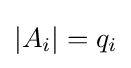
|A_{i}|=q_{i}